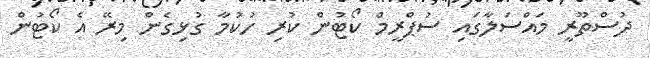
ދުސްތޫރީ މައްސަލާގައި ސުޕްރީމް ކޯޓުން ކުރި ހުކުމާ ގުޅިގެން މިރޭ އެ ކޯޓުން